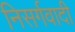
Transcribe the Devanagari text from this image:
निसर्गवादी